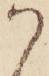
か